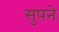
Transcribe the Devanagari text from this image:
सुपने